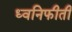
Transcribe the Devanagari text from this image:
ध्वनिफीती